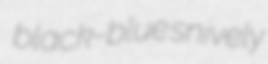
black-blue snively